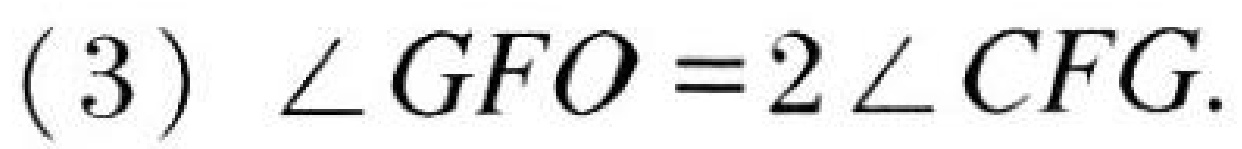
(3) \(\angle GFO = 2\angle CFG\).